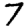
Digit: 7